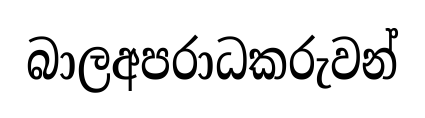
බාලඅපරාධකරුවන්